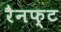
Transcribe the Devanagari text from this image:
रैनफ्‍ट